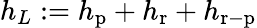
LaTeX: h_{L}:=h_{\mathrm{p}}+h_{\mathrm{r}}+h_{\mathrm{r-p}}